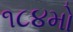
૧૮૪મો